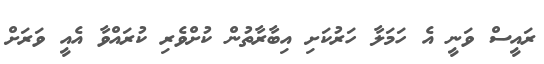
ރައީސް ވަނީ އެ ހަމަލާ ހަރުކަށި އިބާރާތުން ކުށްވެރި ކުރައްވާ އެއީ ވަރަށް